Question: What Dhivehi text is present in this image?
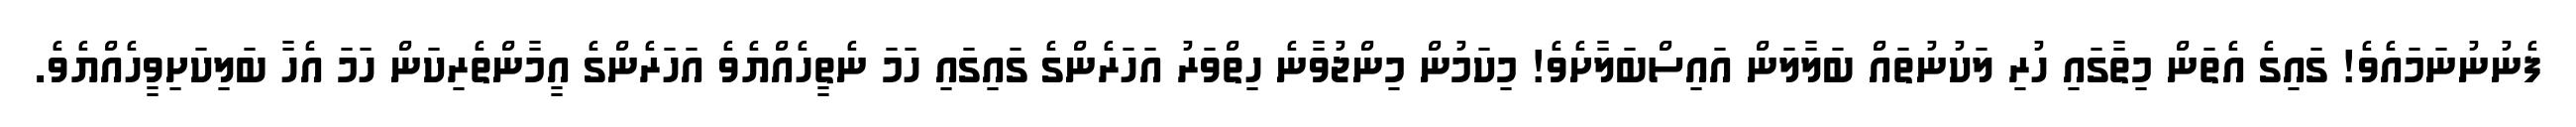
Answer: ފެނުނުނަމައެވެ! ގައިގެ އެތަން މިތާގައި ހުރި ލަކުނުތައް ބަލާލަން އައިސްބަލާށެވެ! މިކަމުން މިންޖުވާނެ ހިތްވަރު އަހަރެންގެ ގައިގައި ހަމަ ނެތީހެއްޔެވެ އަހަރެންގެ އީމާންތެރިކަން ހަމަ އެހާ ބަލިކަށިވީހެއްޔެވެ.